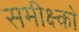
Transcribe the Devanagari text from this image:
समीक्ष्को